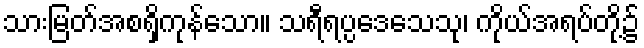
သားမြတ်အစရှိကုန်သော။ သရီရပ္ပဒေသေသု၊ ကိုယ်အရပ်တို့၌